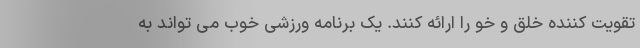
تقویت کننده خلق و خو را ارائه کنند. یک برنامه ورزشی خوب می تواند به